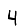
Digit: 4